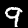
Label: 9